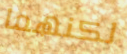
لكنهما